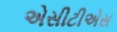
એસીટીએસ